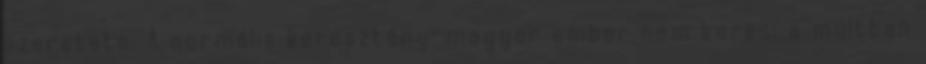
szeretete. A normális keresztény-magyar ember nem keresi a múltban